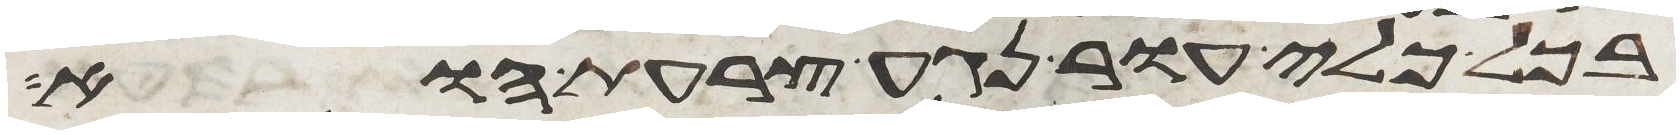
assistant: בכל כלי עור נגע צרעת הוא